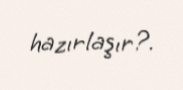
hazırlaşır?.